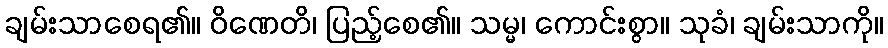
ချမ်းသာစေရ၏။ ဝိဏေတိ၊ ပြည့်စေ၏။ သမ္မ၊ ကောင်းစွာ။ သုခံ၊ ချမ်းသာကို။